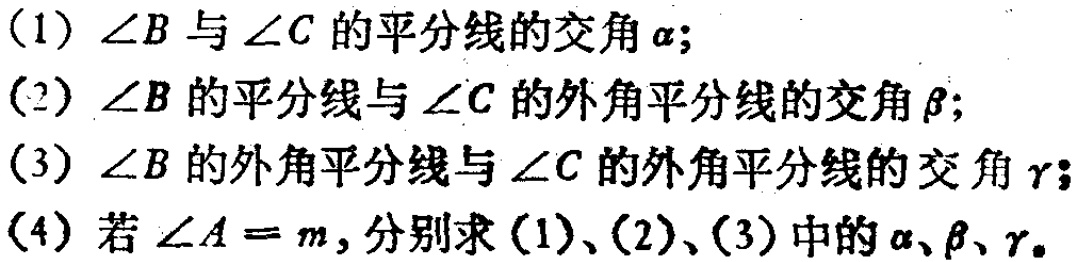
(1) \(\angle B\) 与 \(\angle C\) 的平分线的交角 \(\alpha\);
(2) \(\angle B\) 的平分线与 \(\angle C\) 的外角平分线的交角 \(\beta\);
(3) \(\angle B\) 的外角平分线与 \(\angle C\) 的外角平分线的交角 \(\gamma\);
(4) 若 \(\angle A = m\), 分别求 (1)、(2)、(3) 中的 \(\alpha\)、\(\beta\)、\(\gamma\)。